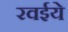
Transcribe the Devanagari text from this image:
रवईये